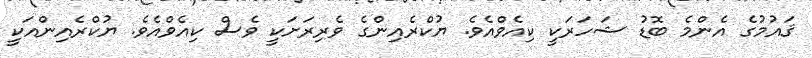
ޤައުމުގެ އެންމެ ބޮޑު ޝަހަރަކީ ކިއެވްއެވެ. ޔުކްރެއިންގެ ވެރިރަށަކީ ވެސް ކިއެވްއެވެ. ޔުކްރެއިންއަކީ